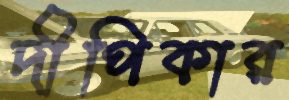
দীপিকার